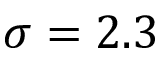
\sigma = 2 . 3